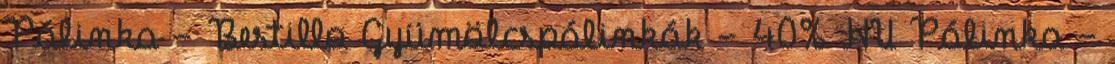
Pálinka - Bestillo Gyümölcspálinkák - 40% HU Pálinka -